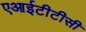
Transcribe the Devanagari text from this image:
एआईटीटीसी